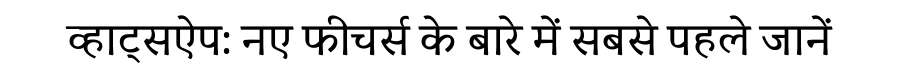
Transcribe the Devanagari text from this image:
व्हाट्सऐप: नए फीचर्स के बारे में सबसे पहले जानें